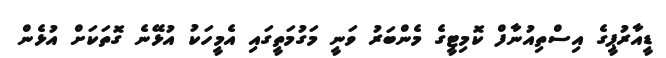
ޑީއާރުޕީގެ އިސްތިއުނާފް ކޮމިޓީގެ މެންބަރު ވަނީ މަގުމަތީގައި އެމީހަކު އުޅޭނެ ގޮތަކަށް އުޅެން